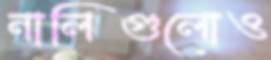
নালিগুলোও